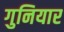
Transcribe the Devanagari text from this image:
गुनियार